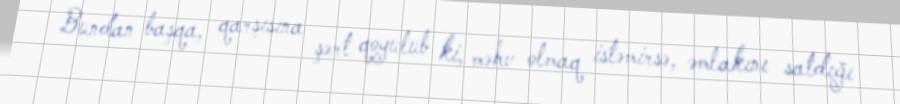
Bundan başqa, qarşısına şərt qoyulub ki, məhv olmaq istəmirsə, əmlakını satdığı